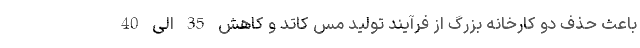
باعث حذف دو کارخانه بزرگ از فرآیند تولید مس کاتد و کاهش 35 الی 40